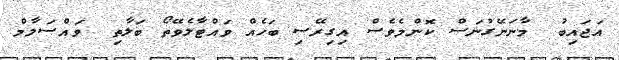
އަޖައިބު  މާނަނޭގުނަސް ކޮންމެވެސް އިގިރޭސި ބަހެއް ވައްޓާލެވޭތޯ ބަލާތި  ވައްސަލާމް